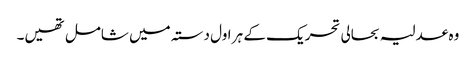
وہ عدلیہ بحالی تحریک کے ہر اول دستہ میں شامل تھیں۔